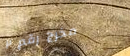
مخرج رقم ٢